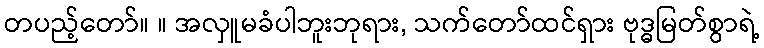
တပည့်တော်။ ။ အလှူမခံပါဘူးဘုရား, သက်တော်ထင်ရှား ဗုဒ္ဓမြတ်စွာရဲ့